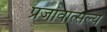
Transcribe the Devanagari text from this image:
प्रजावात्सल्य